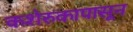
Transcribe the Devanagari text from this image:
कशेरुकापासून